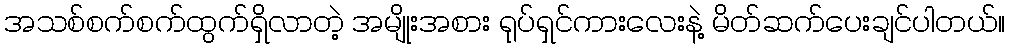
အသစ်စက်စက်ထွက်ရှိလာတဲ့ အမျိုးအစား ရုပ်ရှင်ကားလေးနဲ့ မိတ်ဆက်ပေးချင်ပါတယ်။